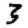
Digit: 3